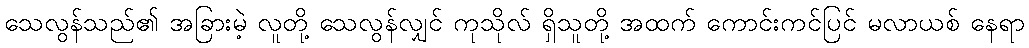
သေလွန်သည်၏ အခြားမဲ့ လူတို့ သေလွန်လျှင် ကုသိုလ် ရှိသူတို့ အထက် ကောင်းကင်ပြင် မလာယစ် နေရာ